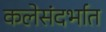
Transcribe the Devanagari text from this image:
कलेसंदर्भात